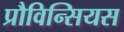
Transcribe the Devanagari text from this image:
प्रौविन्सियस